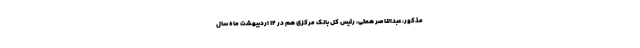
مذکور، عبدالناصر همتی، رئیس کل بانک مرکزی هم در ۱۲ اردیبهشت ماه سال